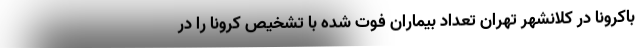
باکرونا در کلانشهر تهران تعداد بیماران فوت شده با تشخیص کرونا را در